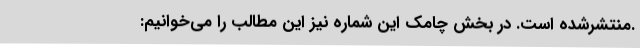
.منتشرشده است. در بخش چامک این شماره نیز این مطالب را می‌خوانیم: